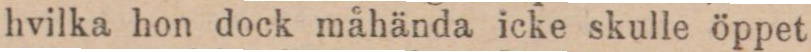
hvilka hon dock måhända icke skulle öppet